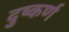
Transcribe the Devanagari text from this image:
दुष्कर्ण